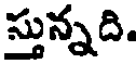
స్తున్నది.